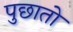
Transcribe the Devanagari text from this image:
पुछातो